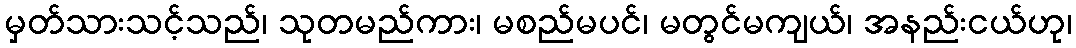
မှတ်သားသင့်သည်၊ သုတမည်ကား၊ မစည်မပင်၊ မတွင်မကျယ်၊ အနည်းငယ်ဟု၊